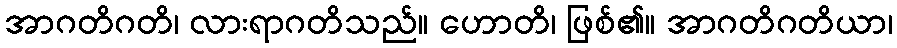
အာဂတိဂတိ၊ လားရာဂတိသည်။ ဟောတိ၊ ဖြစ်၏။ အာဂတိဂတိယာ၊